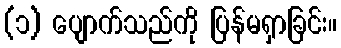
(၁) ပျောက်သည်ကို ပြန်မရှာခြင်း။